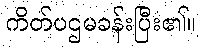
ကိတ်ပဌမခန်းပြီး၏။